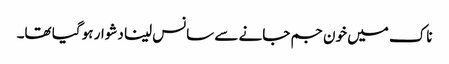
ناک میں خون جم جانے سے سانس لینا دشوار ہو گیا تھا۔